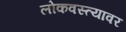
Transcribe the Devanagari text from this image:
लोकवस्त्यावर